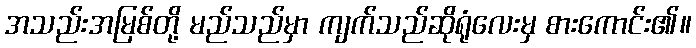
အသည်းအမြစ်တို့ မည်သည်မှာ ကျက်သည်ဆိုရုံလေးမှ စားကောင်း၏။